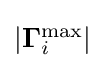
{\textstyle |\mathbf {\Gamma } _{i}^{\max }|}